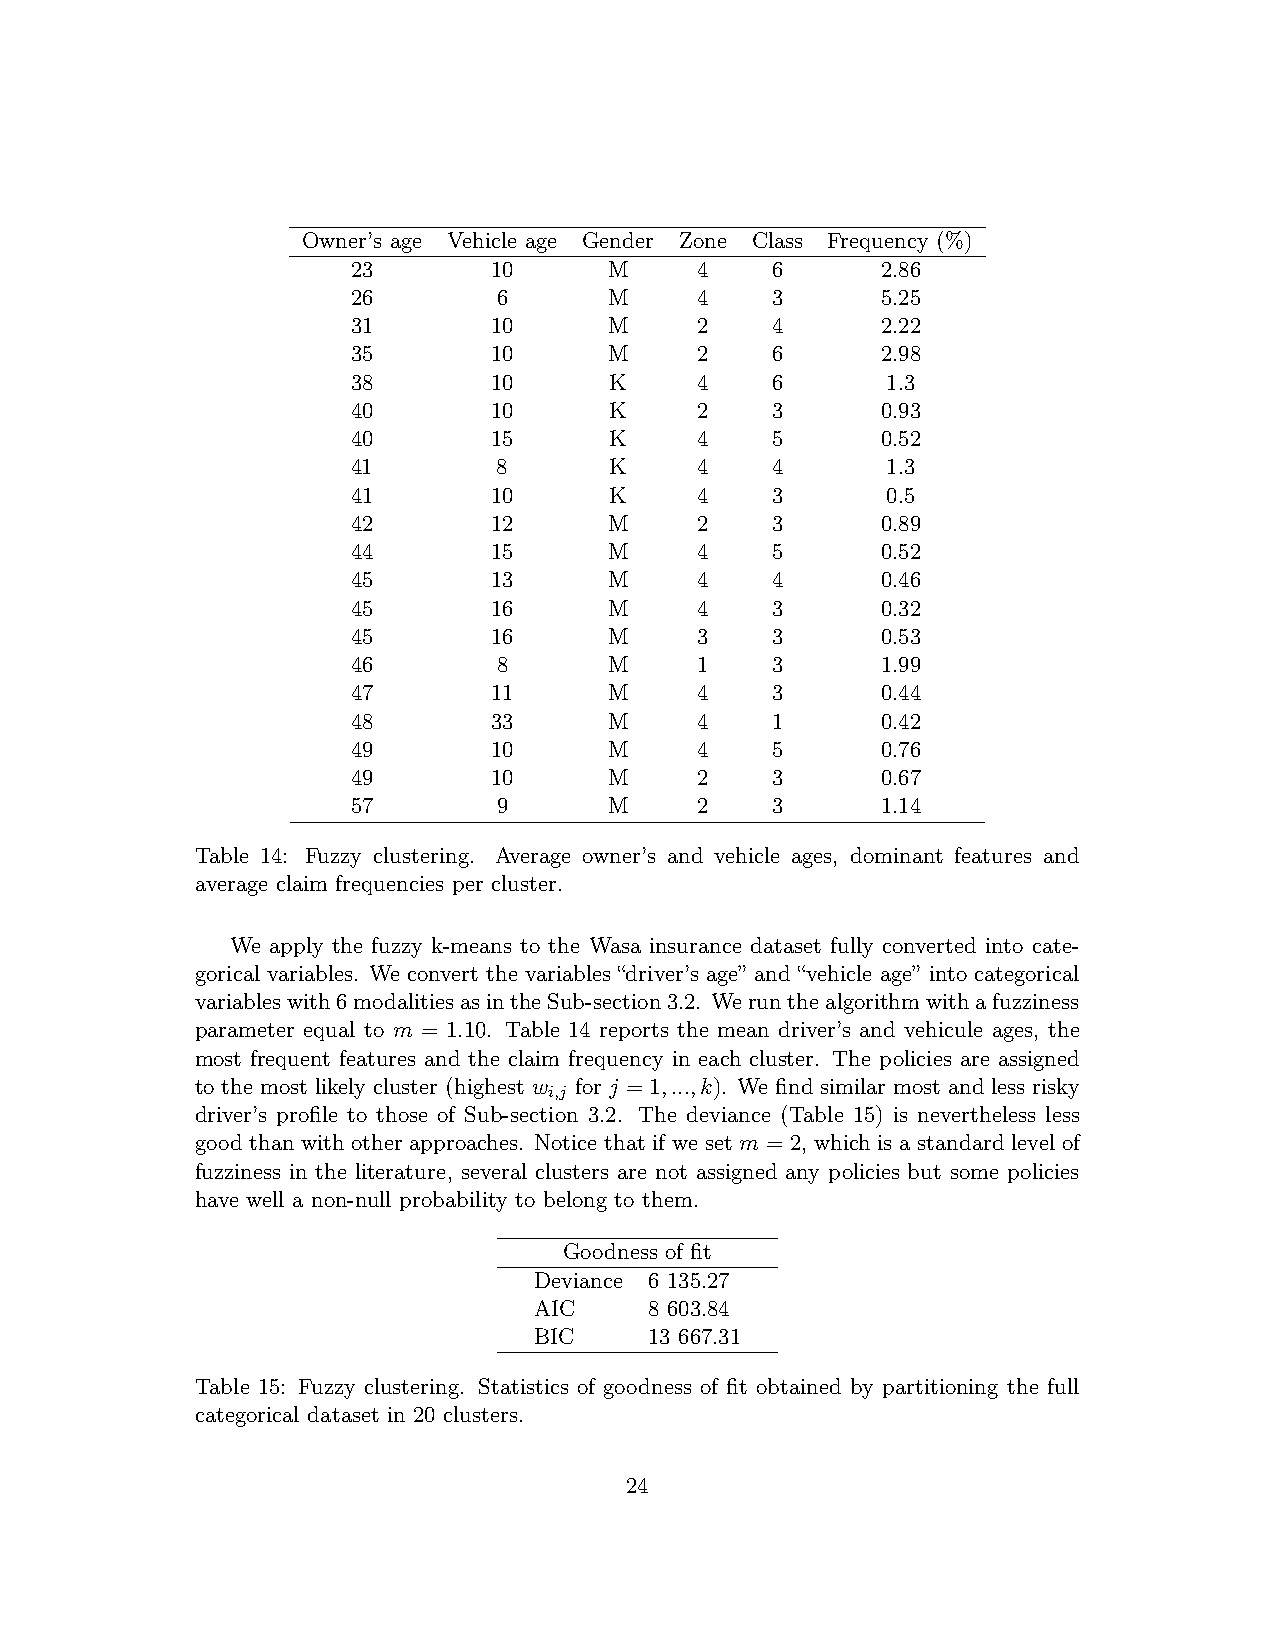
Owner’s age Vehicle age Gender Zone Class Frequency (%)
 23        10     M     4    6      2.86
 26        6      M     4    3      5.25
 31        10     M     2    4      2.22
 35        10     M     2    6      2.98
 38        10     K     4    6       1.3
 40        10     K     2    3      0.93
 40        15     K     4    5      0.52
 41        8      K     4    4       1.3
 41        10     K     4    3       0.5
 42        12     M     2    3      0.89
 44        15     M     4    5      0.52
 45        13     M     4    4      0.46
 45        16     M     4    3      0.32
 45        16     M     3    3      0.53
 46        8      M     1    3      1.99
 47        11     M     4    3      0.44
 48        33     M     4    1      0.42
 49        10     M     4    5      0.76
 49        10     M     2    3      0.67
 57        9      M     2    3      1.14
 Table 14: Fuzzy clustering. Average owner’s and vehicle ages, dominant features and
 average claim frequencies per cluster.
 We apply the fuzzy k-means to the Wasa insurance dataset fully converted into cate-
 gorical variables. We convert the variables “driver’s age” and “vehicle age” into categorical
 variableswith6modalitiesasintheSub-section3.2. Werunthealgorithmwithafuzziness
 parameter equal to m = 1.10. Table 14 reports the mean driver’s and vehicule ages, the
 most frequent features and the claim frequency in each cluster. The policies are assigned
 to the most likely cluster (highest w for j = 1,...,k). We find similar most and less risky
 i,j
 driver’s profile to those of Sub-section 3.2. The deviance (Table 15) is nevertheless less
 good than with other approaches. Notice that if we set m = 2, which is a standard level of
 fuzziness in the literature, several clusters are not assigned any policies but some policies
 have well a non-null probability to belong to them.
 Goodness of fit
 Deviance 6 135.27
 AIC     8 603.84
 BIC     13 667.31
 Table 15: Fuzzy clustering. Statistics of goodness of fit obtained by partitioning the full
 categorical dataset in 20 clusters.
 24